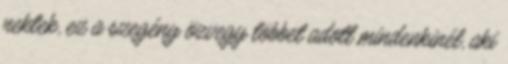
nektek, ez a szegény özvegy többet adott mindenkinél, aki